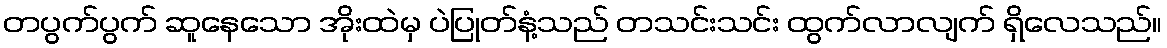
တပွက်ပွက် ဆူနေသော အိုးထဲမှ ပဲပြုတ်နံ့သည် တသင်းသင်း ထွက်လာလျက် ရှိလေသည်။